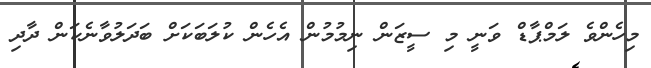
މިހެންވެ ލަމްޕާޑް ވަނީ މި ސީޒަން ނިމުމުން އެހެން ކުލަބަކަށް ބަދަލުވާނެކަން ދާދި